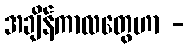
အချိန်ကာလတွေဟာ -